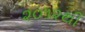
૨૦૧૨થી